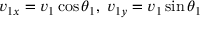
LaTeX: v _ { 1 x } = v _ { 1 } \cos \theta _ { 1 } , \; v _ { 1 y } = v _ { 1 } \sin \theta _ { 1 }